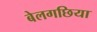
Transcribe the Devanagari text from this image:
बेलगछिया